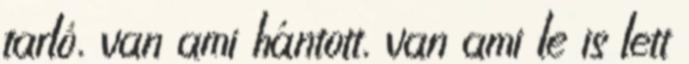
tarló, van ami hántott, van ami le is lett